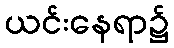
ယင်းနေရာ၌